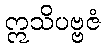
ဣသိပဗ္ဗဇံ